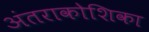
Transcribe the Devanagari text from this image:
अंतराकोशिका